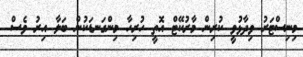
މިނިސްޓަރު ވިދާޅުވީ ކުރިން މާރުކޭޓް އޮތީ ހުރިހާ މިންގަނޑަކުން ބަލާ އިރު ވެސް